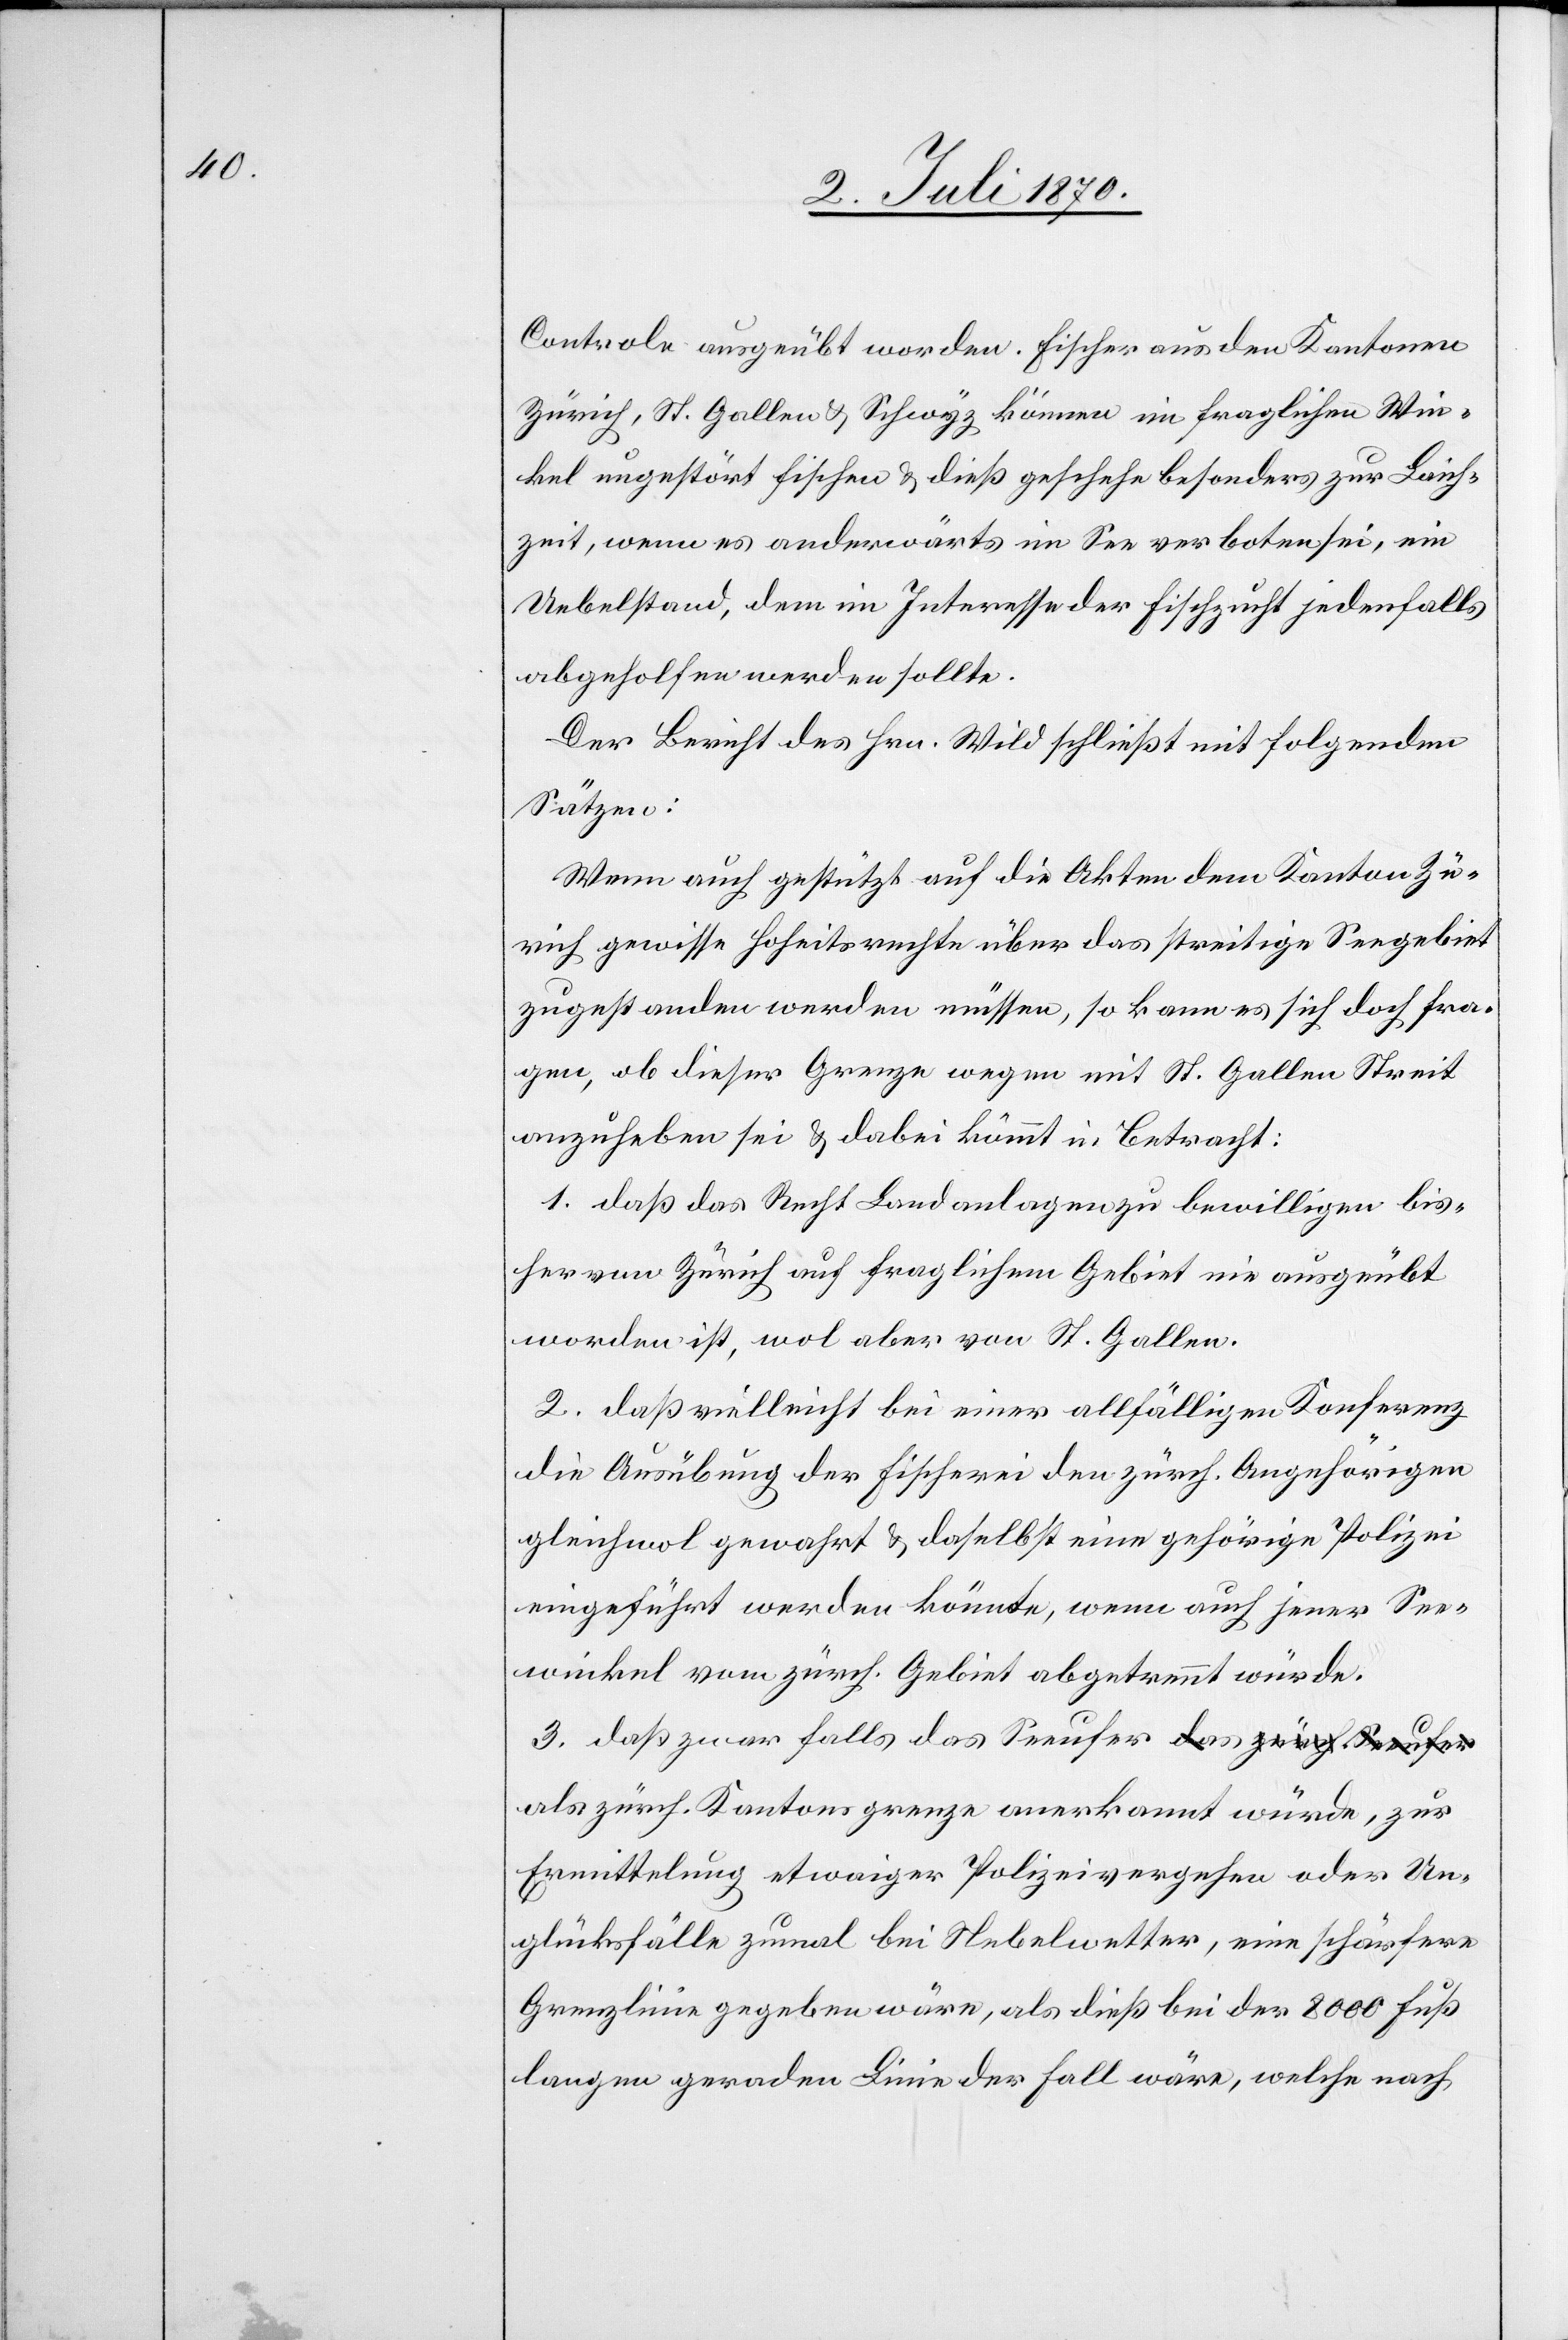
Controle ausgeübt worden. Fischer aus den Kantonen
Zürich, St. Gallen & Schwyz können im fraglichen Win¬
kel ungestört fischen & dieß geschehe besonders zur Laich¬
zeit, wenn es anderwärts im See verboten sei, ein
Uebelstand, dem im Interesse der Fischzucht jedenfalls
abgeholfen werden sollte.
Der Bericht des Hrn. Wild schließt mit folgenden
Sätzen:
Wenn auch gestützt auf die Akten dem Kanton Zü¬
rich gewisse Hoheitsrechte über das streitige Seegebiet
zugestanden werden müssen, so kann es sich doch fra¬
gen, ob dieser Grenze wegen mit St. Gallen Streit
anzuheben sei & dabei kommt in Betracht:
1. daß das Recht Landanlagen zu bewilligen bis¬
her von Zürich auf fraglichem Gebiet nie ausgeübt
worden ist, wol aber von St. Gallen.
2. daß vielleicht bei einer allfälligen Konferenz
die Ausübung der Fischerei den zürch. Angehörigen
gleichwol gewahrt & daselbst eine gehörige Polizei
eingeführt werden könnte, wenn auch jener See¬
winkel vom zürch. Gebiet abgetrennt würde.
3. daß zwar falls das Seeufer a-das zürch. Seeufer-a
als zürch. Kantonsgrenze anerkannt würde, zur
Ermittlung etwaiger Polizeivergehen oder Un¬
glücksfälle zumal bei Nebelwetter, eine schärfere
Grenzlinie gegeben wäre, als dieß bei der 8000 Fuß
langen geraden Linie der Fall wäre, welche nach